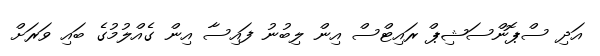
އަދި ސްޕޮންސަޝިޕް ރައިޓްސް އިން ލިބުނު ފައިސާ އިން ގެއްލުމުގެ ބައި ވަރަށް